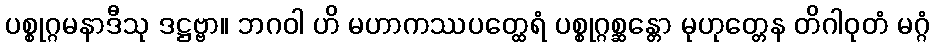
ပစ္စုဂ္ဂမနာဒီသု ဒဋ္ဌဗ္ဗာ။ ဘဂဝါ ဟိ မဟာကဿပတ္ထေရံ ပစ္စုဂ္ဂစ္ဆန္တော မုဟုတ္တေန တိဂါဝုတံ မဂ္ဂံ